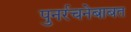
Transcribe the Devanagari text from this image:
पुनर्रचनेबाबत